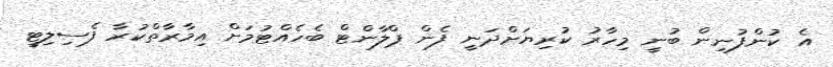
އެ ކުންފުނިން ބުނީ މިހާރު ކުރިޔަށްދަނީ ފެން ޕްލާންޓް ބެހެއްޓުމަށް އިމާރާތްކުރާ ފެސިލިޓީ